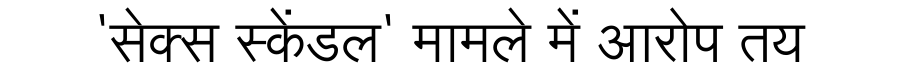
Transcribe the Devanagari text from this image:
'सेक्स स्केंडल' मामले में आरोप तय